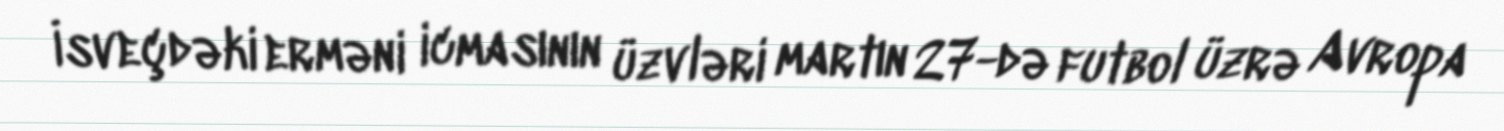
İsveçdəki erməni icmasının üzvləri martın 27-də futbol üzrə Avropa